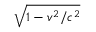
\sqrt { 1 - v ^ { 2 } / c ^ { 2 } }